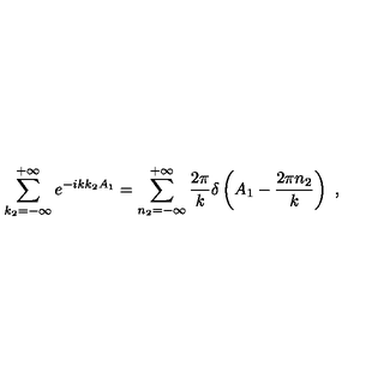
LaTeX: \sum _ { k _ { 2 } = - \infty } ^ { + \infty } e ^ { - i k k _ { 2 } A _ { 1 } } = \sum _ { n _ { 2 } = - \infty } ^ { + \infty } \frac { 2 \pi } { k } \delta \left( A _ { 1 } - \frac { 2 \pi n _ { 2 } } { k } \right) \ ,